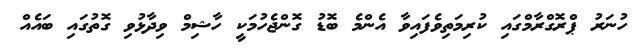
ހުނަރު ޕްރޮގްރާމްގައި ކުރިމަތިވެފައިވާ އެންމެ ބޮޑު ގޮންޖެހުމަކީ ހާޝިމް ވިދާޅުވި ގޮތުގައި ބައެއް